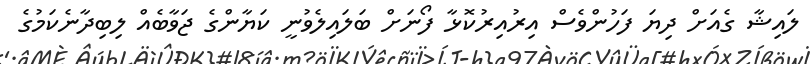
ލައިޝާ ގެއަށް ދިޔަ ފަހުންވެސް އިރުއިރުކޮޅާ ފޯނަށް ބަލައިލެވުނީ ކަޔާންގެ ޖަވާބެއް ލިބިދާނެކަމުގެ